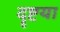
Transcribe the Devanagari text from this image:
दॄष्टया